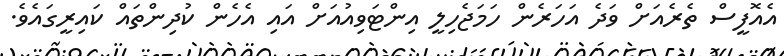
އެއޮފީސް ތެރެއަށް ވަދެ އަހަރެން ހަމަޖެހިލީ އިންޓަވިއުއަށް އައި އެހެން ކުދިންތައް ކައިރީގައެވެ.